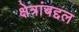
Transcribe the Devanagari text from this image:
क्षेत्रांबद्दल